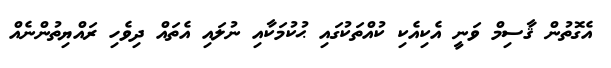
އެގޮތުން ޤާސިމް ވަނީ އެކިއެކި ކުއްތަކުގައި ޙުކުމަކާއި ނުލައި އެތައް ދިވެހި ރައްޔިތުންނެއް